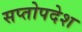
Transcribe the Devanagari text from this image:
सप्तोपदेश